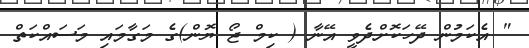
" އެކަމުން ދޭހަކޮށްދެވީ އޭނާ ( ކިމް ޖޯ ޔޮން)ގެ މަގާމައި މަސައްކަތް